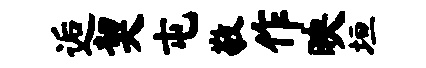
逅契屯敬作映垣